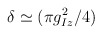
\begin{align*}\delta \simeq (\pi g_{Iz}^2/4)\end{align*}